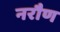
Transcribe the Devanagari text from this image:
नरौण